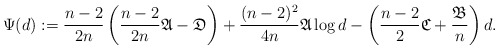
\begin{align*} \Psi(d):=\frac{n-2}{2n}\left(\frac{n-2}{2n}\mathfrak{A}-\mathfrak{D}\right)+\frac{(n-2)^2}{4n}\mathfrak{A} \log d - \left(\frac{n-2}{2}\mathfrak{C}+\frac{\mathfrak{B}}{n}\right) d.\end{align*}